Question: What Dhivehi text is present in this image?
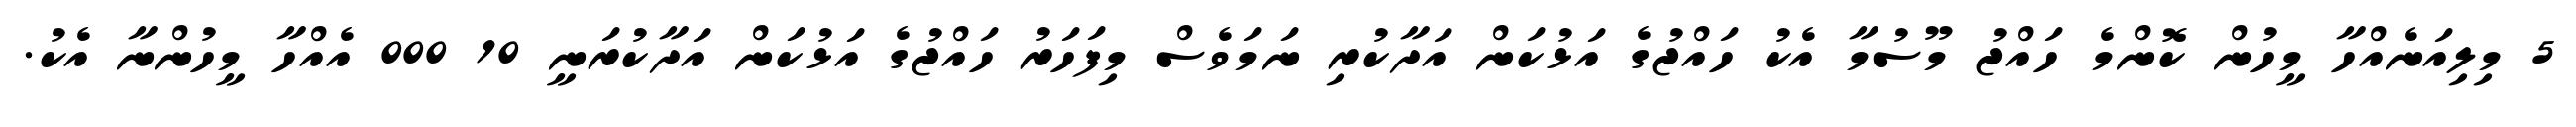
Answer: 5 މިލިއަނެއްހާ މީހުން ކޮންމެ ހައްޖު މޫސުމާ އެކު ހައްޖުގެ އަޅުކަން އަދާކުރި ނަމަވެސް މިފަހަރު ހައްޖުގެ އަޅުކަން އަދާކުރަނީ 10 000 އެއްހާ މީހުންނާ އެކު.